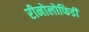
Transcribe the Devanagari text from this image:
रीनोलोफिडी